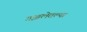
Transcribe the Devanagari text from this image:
गझलेतल्या